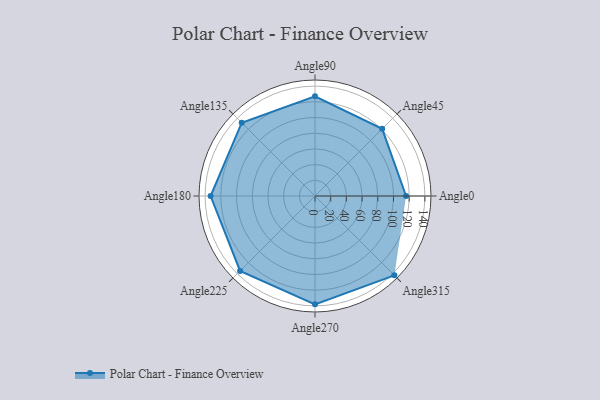
{"axis": {"x": "Angle", "y": "Radius"}, "legend": [""], "data": [{"x": "Angle0", "y": 116.0, "type": ""}, {"x": "Angle45", "y": 121.0, "type": ""}, {"x": "Angle90", "y": 127.0, "type": ""}, {"x": "Angle135", "y": 132.0, "type": ""}, {"x": "Angle180", "y": 133.0, "type": ""}, {"x": "Angle225", "y": 135.0, "type": ""}, {"x": "Angle270", "y": 138.0, "type": ""}, {"x": "Angle315", "y": 143.0, "type": ""}]}